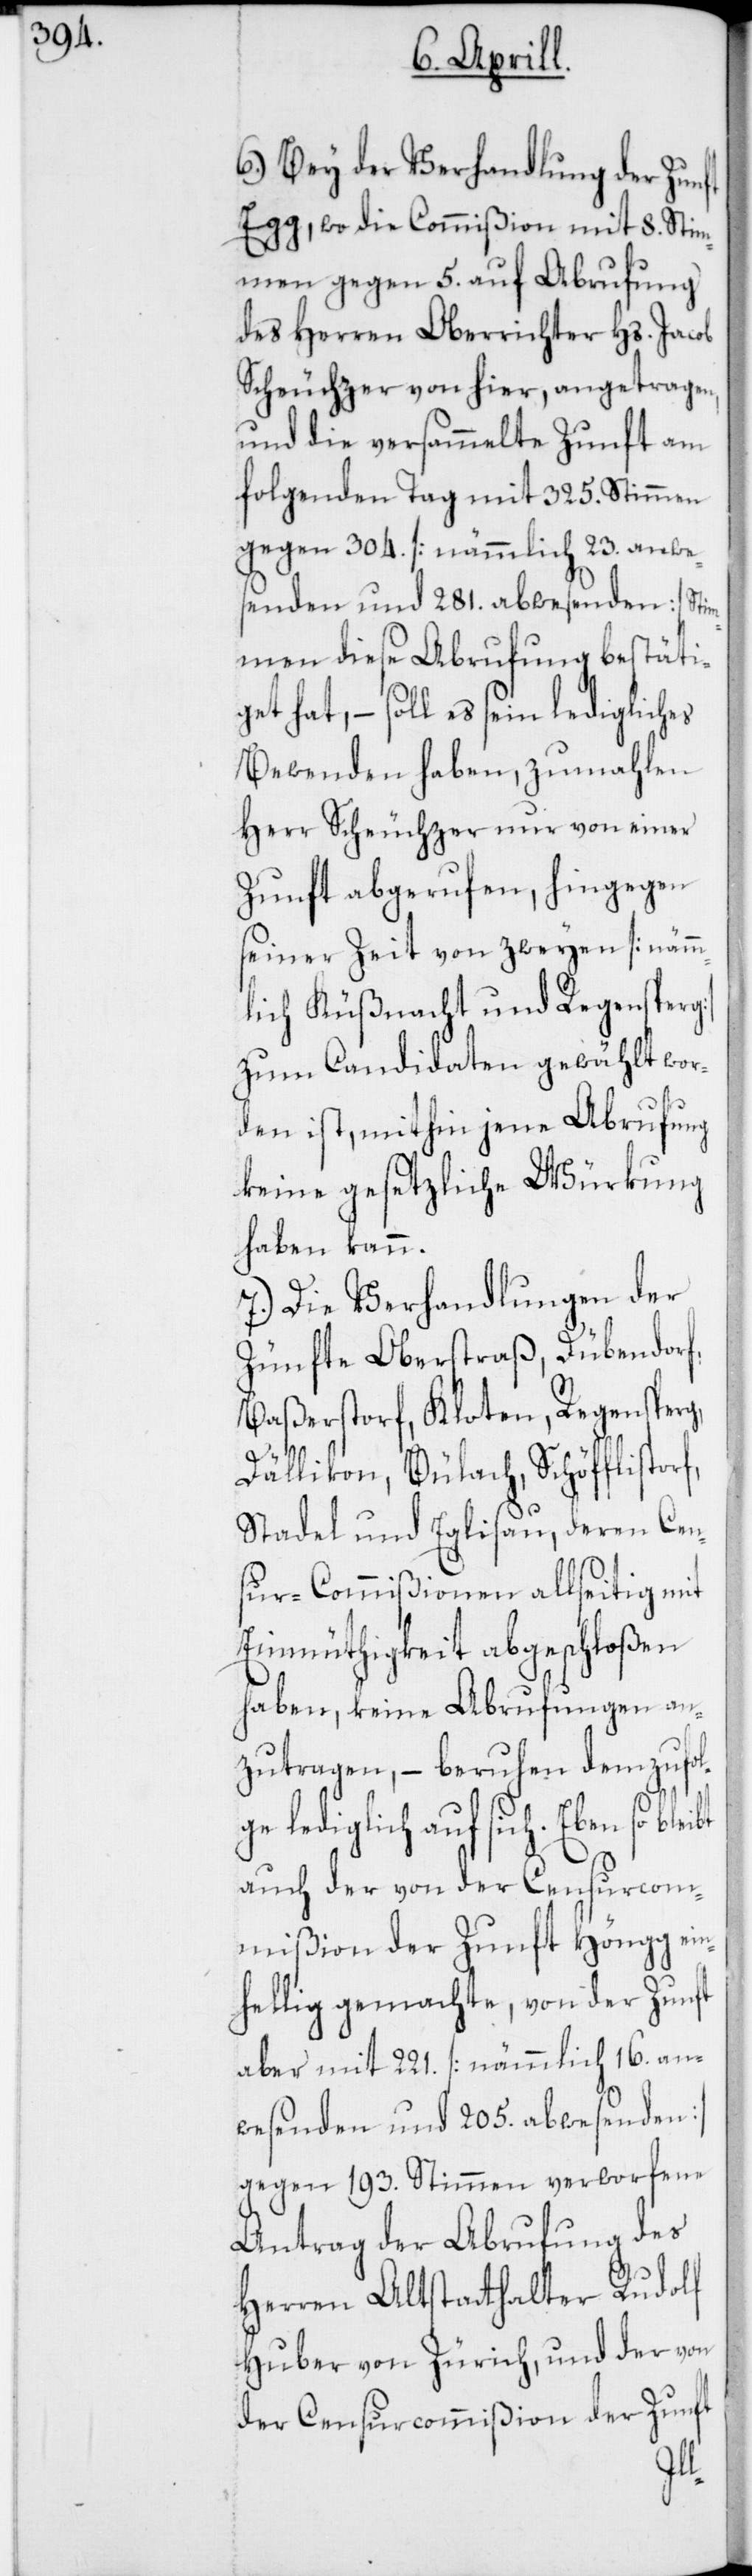
6.) Bey der Verhandlung der Zunft
Egg, wo die Commißion mit 8. Stim¬
men gegen 5. auf Abrufung
des Herren Oberrichter Hs. Jacob
Scheuchzer von hier, angetragen,
und die versammelte Zunft am
folgenden Tag mit 325. Stimmen
gegen 304. [nämmlich 23. anwe¬
senden und 281. abwesenden] Stim¬
men diese Abrufung bestätig¬
et hat, – soll es sein ledigliches
Bewenden haben, zumahlen
Herr Scheuchzer nur von einer
Zunft abgerufen, hingegen
seiner Zeit von zweyen [nämm¬
lich Küßnacht und Regensperg]
zum Candidaten gewählt wor¬
den ist, mithin jene Abrufung
keine gesetzliche Würkung
haben kann.
7.) Die Verhandlungen der
Zünfte Oberstraß, Dübendorf,
Baßerstorf, Kloten, Regensperg,
Dällikon, Bülach, Schöfflistorf,
Stadel und Eglisau, deren Cen¬
sur-Commißionen allseitig mit
Einmüthigkeit abgeschloßen
haben, keine Abrufungen an¬
zutragen, – beruhen demzufol¬
ge lediglich auf sich. Ebenso
auch der von der Censurcom¬
mißion der Zunft Höngg ein¬
hellig gemachte, von der Zunft
aber mit 221. [nämmlich 16. an¬
wesenden und 205. abwesenden]
gegen 193. Stimmen verworfene
Antrag der Abrufung des
Herren Altstatthalter Rudolf
Huber von Zürich, und der von
der Censurcommißion der Zunft